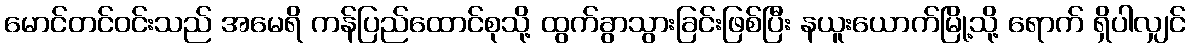
မောင်တင်ဝင်းသည် အမေရိ ကန်ပြည်ထောင်စုသို့ ထွက်ခွာသွားခြင်းဖြစ်ပြီး နယူးယောက်မြို့သို့ ရောက် ရှိပါလျှင်